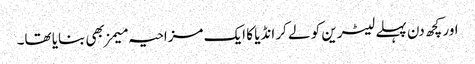
اور کچھ دن پہلے لیٹرین کو لے کر انڈیا کا ایک مزاحیہ میمز بھی بنایا تھا۔